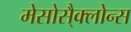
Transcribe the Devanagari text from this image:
मेसोसै्क्लोन्स